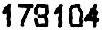
178104